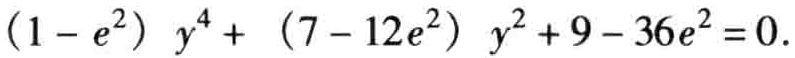
\((1 - e^{2}) y^{4}+ (7 - 12e^{2}) y^{2}+ 9 - 36e^{2}=0\)